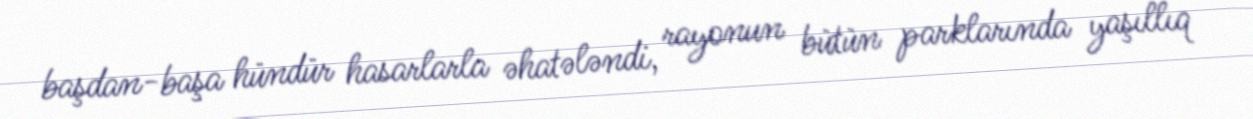
başdan-başa hündür hasarlarla əhatələndi, rayonun bütün parklarında yaşıllıq